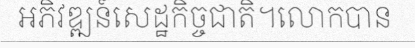
អភិវឌ្ឍន៍សេដ្ឋកិច្ចជាតិ។លោកបាន